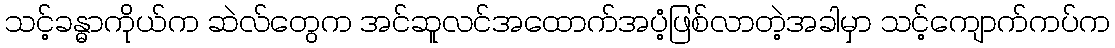
သင့်ခန္ဓာကိုယ်က ဆဲလ်တွေက အင်ဆူလင်အထောက်အပံ့ဖြစ်လာတဲ့အခါမှာ သင့်ကျောက်ကပ်က